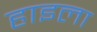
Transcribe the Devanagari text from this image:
हाइला